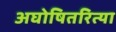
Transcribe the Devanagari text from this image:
अघोषितरित्या